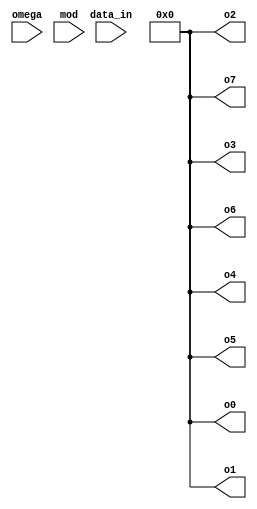
module naiveNTT (
    input [63:0] data_in,
    
    input [7:0] omega,
    input [7:0] mod,

    output [7:0] o0,
    output [7:0] o1,
    output [7:0] o2,
    output [7:0] o3,
    output [7:0] o4,
    output [7:0] o5,
    output [7:0] o6,
    output [7:0] o7
);

reg [7:0] input_array [7:0];
reg [7:0] output_array [7:0];
reg [31:0] factor;
reg [63:0] slice_temp;
reg [7:0] i,j,k,temp;

always @(*) begin
    slice_temp = data_in;
    for (i=0; i<8; i=i+1) begin
        for (j=0; j<8; j=j+1) begin
            input_array[i][j] = slice_temp[0];
            slice_temp = slice_temp >> 1;
        end
    end

    for (i = 0; i < 8; i = i + 1) begin
        temp <= input_array[i] * 2;
        
        for (j=0; j<8; j=j+1) begin
            output_array[i][j] = temp[0];
            temp = temp >> 1;
        end
    end
end

assign o0 = output_array[0];
assign o1 = output_array[1];
assign o2 = output_array[2];
assign o3 = output_array[3];
assign o4 = output_array[4];
assign o5 = output_array[5];
assign o6 = output_array[6];
assign o7 = output_array[7];
endmodule